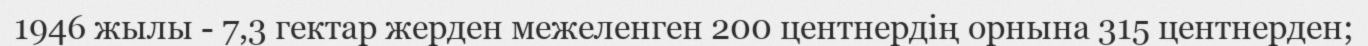
1946 жылы - 7,3 гектар жерден межеленген 200 центнердің орнына 315 центнерден;